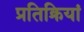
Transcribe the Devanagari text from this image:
प्रतिक्रियां